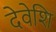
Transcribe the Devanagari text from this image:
देवेशि